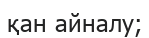
қан айналу;